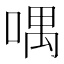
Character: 喁